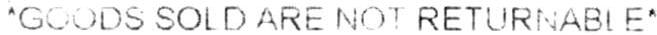
*GOODS SOLD ARE NOT RETURNABLE*